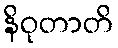
နိဝုတာတိ